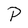
Character: P